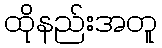
ထိုနည်းအတူ